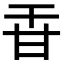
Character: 𤮻